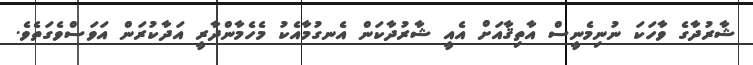
ޝާރުދާގެ ވާހަކަ ނުނިމެނީސް އާތިޤާއަށް އެއީ ޝާރުދާކަން އެނގުމާއެކު މެހެމާންދާރީ އަދާކުރަން އަވަސްވެގަތެވެ.